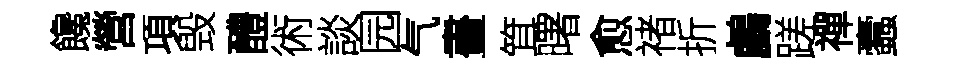
饞營項毁醴術談园气畫䇯曙愈禇折鸕蹉禪蠧